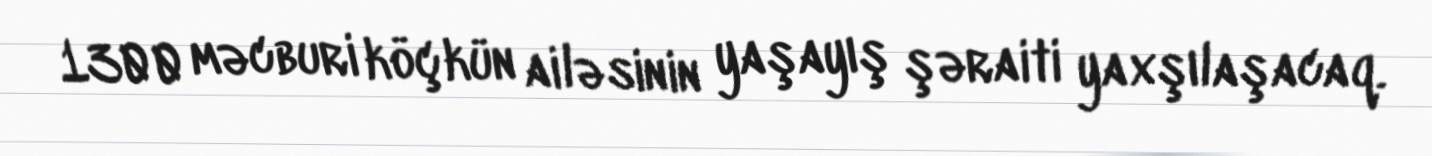
1300 məcburi köçkün ailəsinin yaşayış şəraiti yaxşılaşacaq.